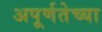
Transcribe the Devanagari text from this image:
अपूर्णतेच्या